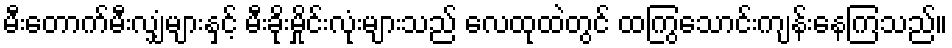
မီးတောက်မီးလျှံများနှင့် မီးခိုးမှိုင်းလုံးများသည် လေထုထဲတွင် ထကြွသောင်းကျန်းနေကြသည်။